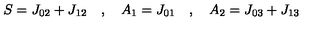
S = J _ { 0 2 } + J _ { 1 2 } \quad , \quad A _ { 1 } = J _ { 0 1 } \quad , \quad A _ { 2 } = J _ { 0 3 } + J _ { 1 3 }